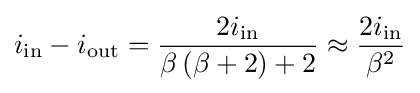
i_{\text{in}}-i_{\text{out}}={\frac {2i_{\text{in}}}{\beta \left(\beta +2\right)+2}}\approx {\frac {2i_{\text{in}}}{\beta ^{2}}}